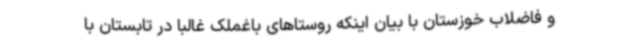
و فاضلاب خوزستان با بیان اینکه روستاهای باغملک غالبا در تابستان با